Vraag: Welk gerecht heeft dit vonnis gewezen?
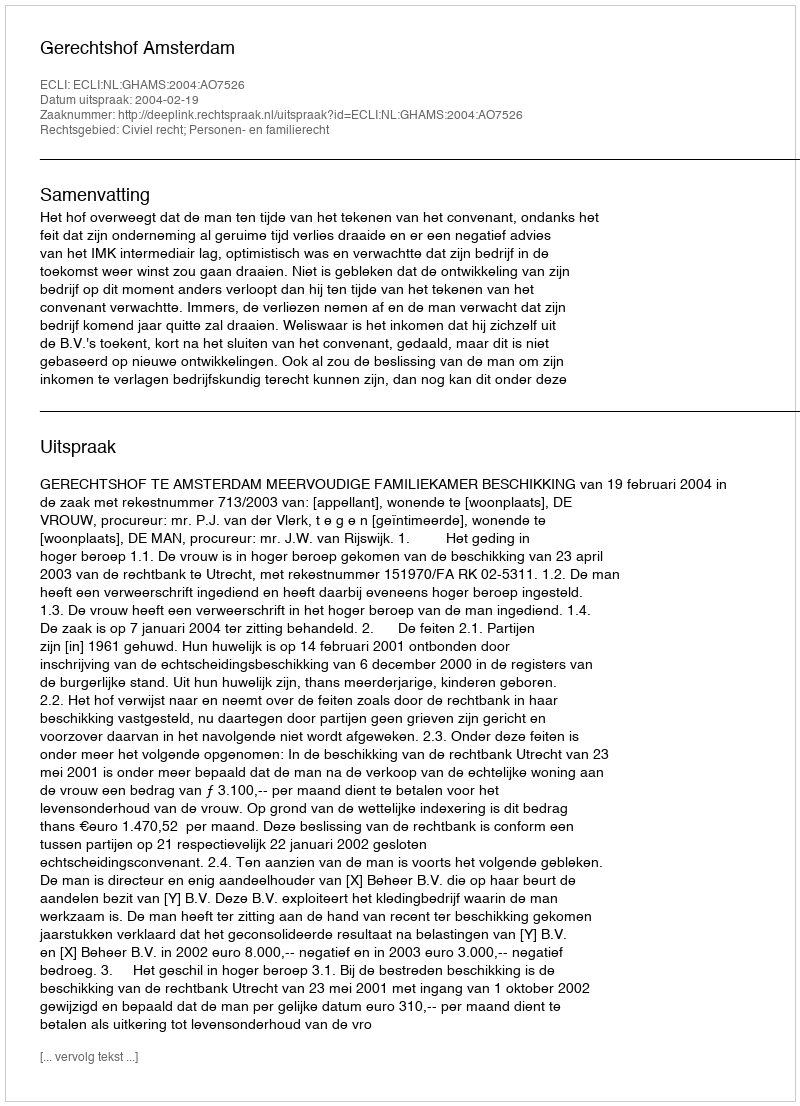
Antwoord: Gerechtshof Amsterdam